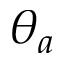
\theta _ { a }